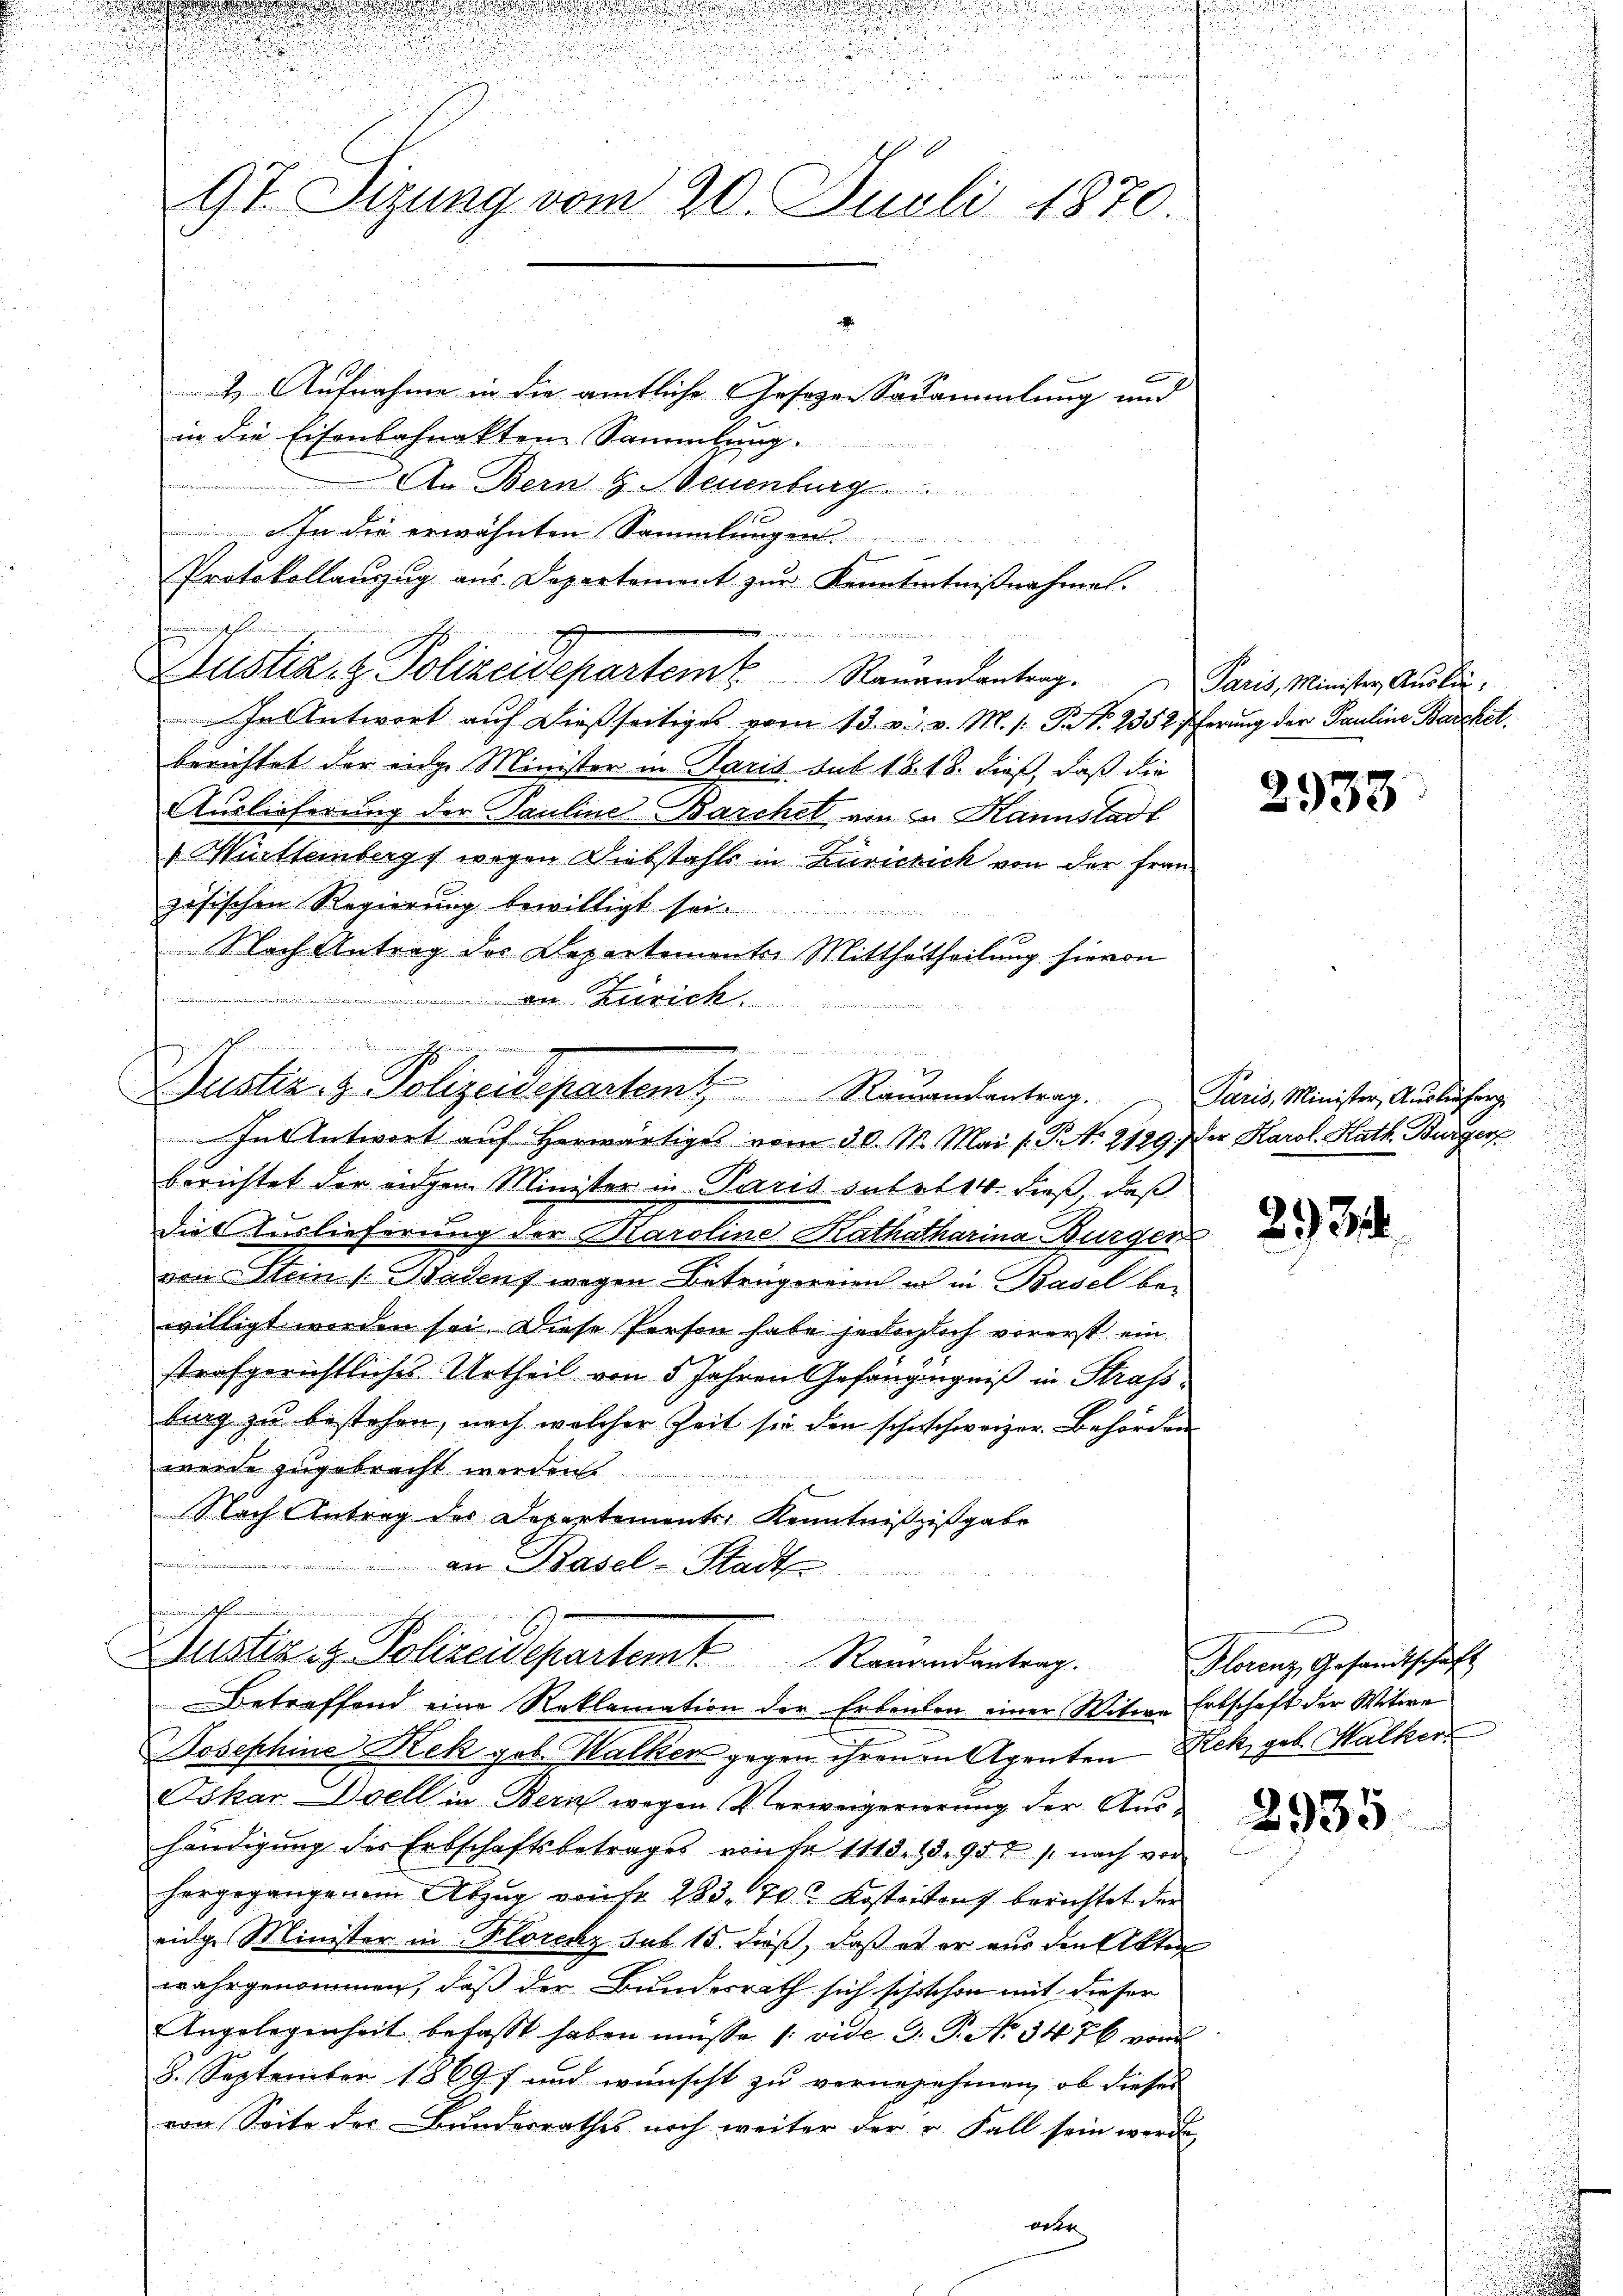
e

u

9t. Sizung vom 20. Juli 1870.
2. Aufnahme in die amtliche Gesezen Sadammlung und
in die Eisenbahnakten Sammlung.

h

s

iennen

u nehmen wenn
Justiz- & Polizeidepartem Romandantrag.
In Antwort auf herwärtiges vom 30. M. Mai l. P. Nr. 2129.) Der Karol. Kath. Burger

fennin
2 des eines vertr
Austiz & Polizeidepartem Ramandantrag. Florenz, Gesandtschaft
Betreffend eine Reklamation der Erbenten einer Witwe Erbschaft der Witwe

An Bern H. Neuenburg
  In die erwähnten Sammlungen
1
Protokollauszug aus Departemont zur Kenntnntnißnahme.
2
Justiz- & Polizeisepartem Ranandantrag.
In Antwort auf dießseitiges vom 13. v. v. M. s. P. Nr. 2352 Pferung der Pauline Barchst.
berichtet der eige Minister in Paris sub 18. 18. dieß, daß die
Auslieferung der Pauline Barchel, von in Kannstadt
Württembergs wegen Diebstahls in Zürichick von der Frau.
zösischen Regierung bewilligt sei.
Nach Antrag des Departements Mitthetheilung hievon
 an Zürich

berichtet der eigen Minister in Paris dato 14. dieß, daß
die Auslieferung der Karoline Kathatharina Burger
von Stein Badens wegen Betrügereien in in Basel bei
willigt werden sei. Diese Person habe jedochlich vorerst ein
strafgerichtliches Urtheil von 5 Jahren Gefängngniß in Strafs
burg zu bestehen, nach welcher Zeit sie den schnschweizer. Behörden
wurde zugebracht werden.
Nach Antrag des Departements, Kenntnißzisgabe
t
an Pasel-Stadt

Josephine Rek geb. Walker gegen ihrenen Agenten Rek, geb. Kalker
Oskar Doell in Bern wegen Verweigerierung der Aushändigung des Erbschaftsbetrages von sr 1113. 13. 952  nach vor
hergegangenen Abzug von fr. 283. 70. Kosteitens berichtet der
eige Minister in Florckz sub 15. dieß, daß es er aus den Akten
wahrgenommen, daß der Bundesrath sich schoschon mit dieser
Angelegenheit befasst haben müsse 1. vide G. P. No 3476 von
8. September 18697 und wünscht zu vernenehmen, ob dieses
von Seite der Bundesrathes noch weiter der u. Fall sein werde,
ver

Paris, Minister Auslie¬

2933

Paris, Minister, Auslieferg

295.

2935